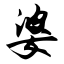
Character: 婆